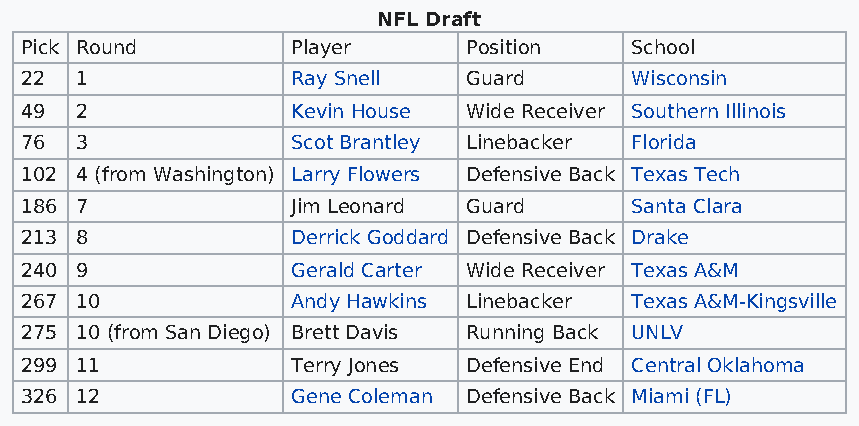
NFL Draft
 Pick Round        Player      Position   School
 22  1             Ray Snell   Guard      Wisconsin
 49  2             Kevin House Wide Receiver Southern Illinois
 76  3             Scot Brantley Linebacker Florida
 102 4 (from Washington) Larry Flowers Defensive Back Texas Tech
 186 7             Jim Leonard Guard      Santa Clara
 213 8             Derrick Goddard Defensive Back Drake
 240 9             Gerald Carter Wide Receiver Texas A&M
 267 10            Andy Hawkins Linebacker Texas A&M-Kingsville
 275 10 (from San Diego) Brett Davis Running Back UNLV
 299 11            Terry Jones Defensive End Central Oklahoma
 326 12            Gene Coleman Defensive Back Miami (FL)